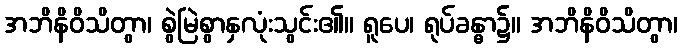
အဘိနိဝိသိတွာ၊ စွဲမြဲစွာနှလုံးသွင်း၏။ ရူပေ၊ ရုပ်ခန္ဓာ၌။ အဘိနိဝိသိတွာ၊